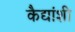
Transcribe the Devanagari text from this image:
कैद्यांशी